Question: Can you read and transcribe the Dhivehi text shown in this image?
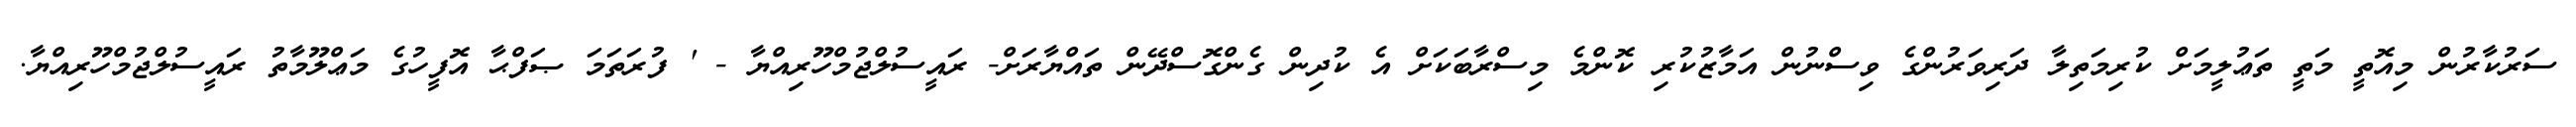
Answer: ސަރުކާރުން މިއޮތީ މަތީ ތަޢުލީމަށް ކުރިމަތިލާ ދަރިވަރުންގެ ވިސްނުން އަމާޒުކުރި ކޮންމެ މިސްރާބަކަށް އެ ކުދިން ގެންގޮސްދޭން ތައްޔާރަށް- ރައީސުލްޖުމްހޫރިއްޔާ - ' ފުރަތަމަ ޞަފްޙާ އޮފީހުގެ މަޢްލޫމާތު ރައީސުލްޖުމްހޫރިއްޔާ.